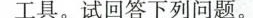
工具。试回答下列问题。